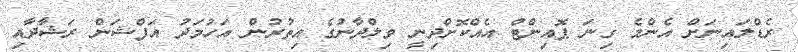
ރެޑްލައިނަށް އެންމެ ގިނަ ޕޮއިންޓް އެއްކޮށްދިނީ ވިލްދާނުގެ އިތުރުން އަހުމަދު އަފްޝަން ރަޝާދާއި